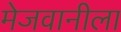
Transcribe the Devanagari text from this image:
मेजवानीला